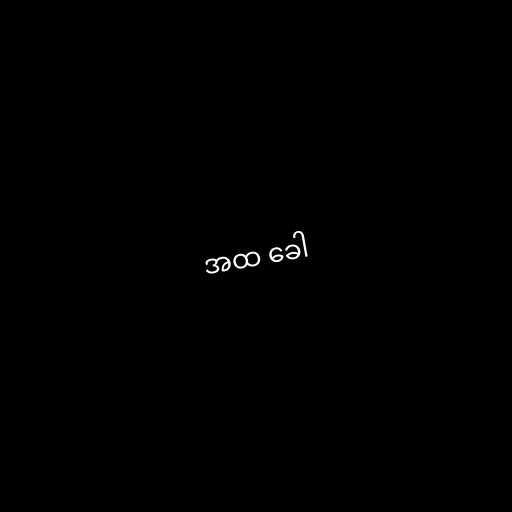
အထ ခေါ